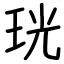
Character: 珖